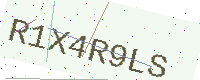
Text: R1X4R9LS